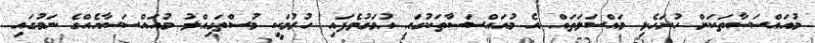
މުއައްސަސާތަކަށް ހުށަހެޅި މައްސަލަތައް އެ މުއައްސަސާތަކުގައި އުމަގުވެފައި ހުރުމަކީ މުސްތަގިއްލު މުއައްސަސާއެއްގެ ނަމުގައި